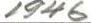
1946